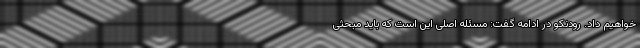
خواهیم داد. رودنکو در ادامه گفت: مسئله اصلی این است که باید مبحثی